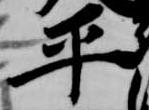
平